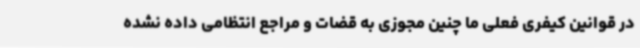
در قوانین کیفری فعلی ما چنین مجوزی به قضات و مراجع انتظامی داده نشده